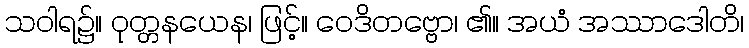
သဝါရ၌။ ဝုတ္တနယေန၊ ဖြင့်။ ဝေဒိတဗ္ဗော၊ ၏။ အယံ အဿာဒေါတိ၊